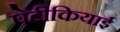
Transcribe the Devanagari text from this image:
पेटीकियाई